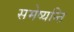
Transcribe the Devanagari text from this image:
समेष्यन्ति